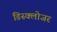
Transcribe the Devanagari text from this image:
डिस्क्लोजर